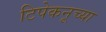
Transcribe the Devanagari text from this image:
टिपेकनूच्या